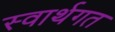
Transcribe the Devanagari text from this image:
स्वार्थगत